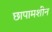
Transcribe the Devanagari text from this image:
छापामशीन